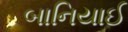
બાનિયાઈ